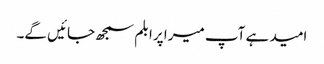
امید ہے آپ میرا پرابلم سمجھ جائیں گے۔